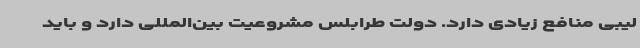
لیبی منافع زیادی دارد. دولت طرابلس مشروعیت بین‌المللی دارد و باید